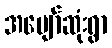
အပျော်ဆုံးရွာ